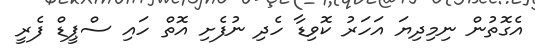
އެގޮތުން ނިމިދިޔަ އަހަރު ކޮވިޑާ ހެދި ނުފެށި އޮތް ހައި ސްޕީޑް ފެރީ